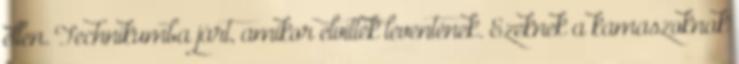
ellen. Technikumba járt, amikor elvitték leventének. Ezeknek a kamaszoknak